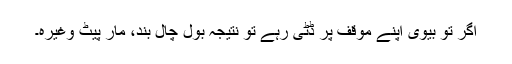
اگر تو بیوی اپنے موقف پر ڈٹی رہے تو نتیجہ بول چال بند، مار پیٹ وغیرہ۔